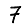
Digit: 7